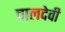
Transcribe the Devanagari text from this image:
वालदेवी